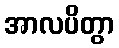
အာလပိတွာ